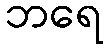
ဘရေ